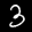
Label: 3